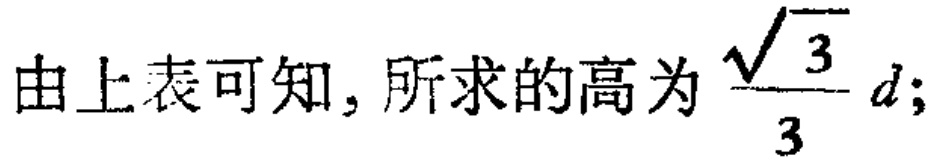
由上表可知, 所求的高为$\frac{\sqrt{3}}{3}d$;